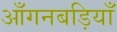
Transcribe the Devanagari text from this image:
आँगनबड़ियाँ